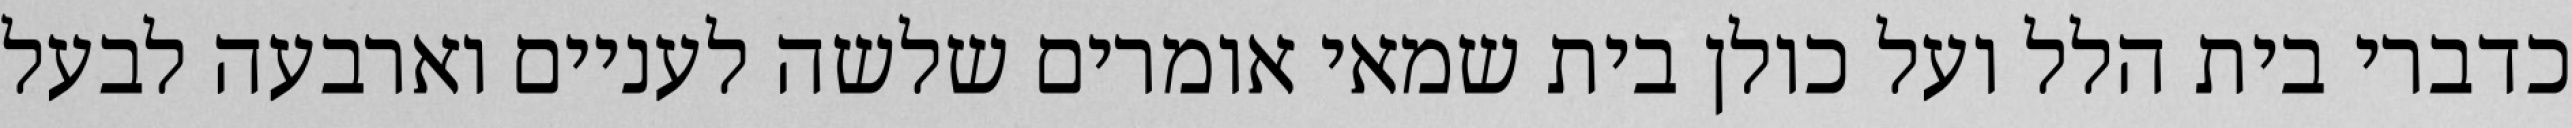
כדברי בית הלל ועל כולן בית שמאי אומרים שלשה לעניים וארבעה לבעל